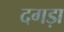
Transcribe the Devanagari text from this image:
दगड़ा